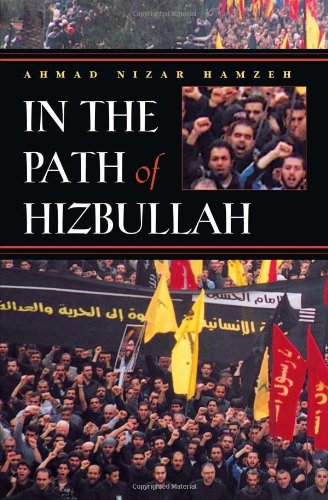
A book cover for In the Path of Hizbullah (Modern Intellectual and Political History of the Middle East); Ahmad Hamzeh; History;